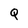
Character: Q